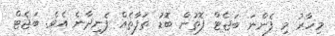
މިހާރު މި ފެންނަ ބަޖެޓް ފޮތުން ބޮޑު ތަފާތެއް ފެނިދާނެ އެވެ. ބަޖެޓް